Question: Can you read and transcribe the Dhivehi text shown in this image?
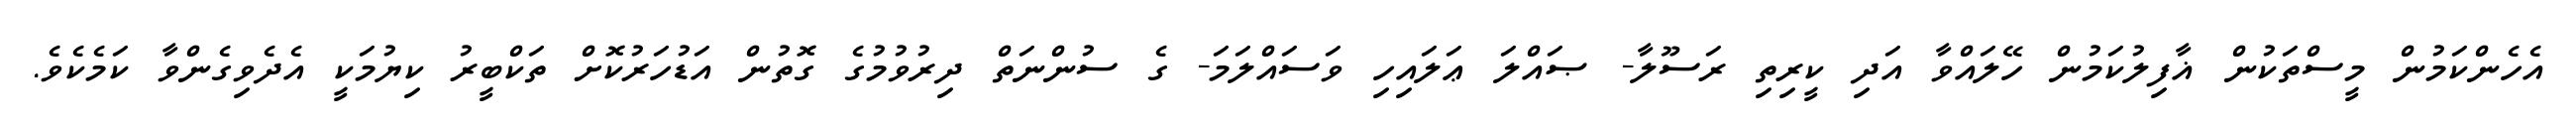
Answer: އެހެންކަމުން މީސްތަކުން ޣާފިލުކަމުން ހޭލައްވާ އަދި ކީރިތި ރަސޫލާ- ޞައްލަ ޢަލައިހި ވަސައްލަމަ- ގެ ސުންނަތް ދިރުވުމުގެ ގޮތުން އަޑުހަރުކޮށް ތަކްބީރު ކިޔުމަކީ އެދެވިގެންވާ ކަމެކެވެ.